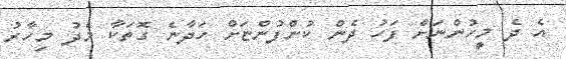
އެ ދެ މީހުންނަށް ފަހު ދެން ކުންފުންޏަށް ހަދާނެ ގޮތަކާ މެދު މިހާރު